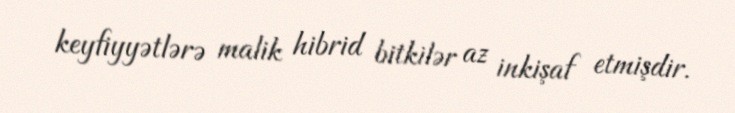
keyfiyyətlərə malik hibrid bitkilər az inkişaf etmişdir.